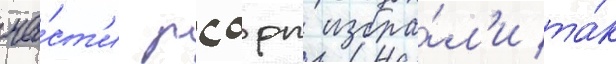
ча́ст'и рсдрп избра́л'и та́к